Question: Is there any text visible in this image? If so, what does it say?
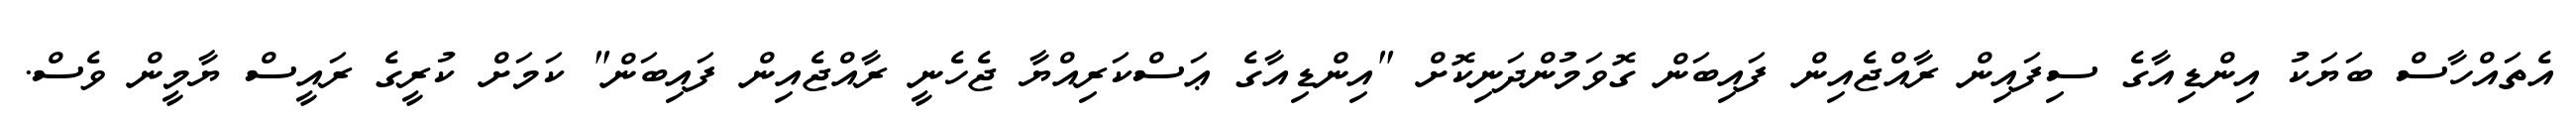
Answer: އެތައްހާސް ބަޔަކު އިންޑިއާގެ ސިފައިން ރާއްޖެއިން ފައިބަން ގޮވަމުންދަނިކޮށް "އިންޑިއާގެ ޢަސްކަރިއްޔާ ޖެހެނީ ރާއްޖެއިން ފައިބަން" ކަމަށް ކުރީގެ ރައީސް ޔާމީން ވެސް.